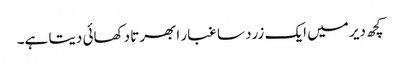
کچھ دیر میں ایک زرد سا غبار ابھرتا دکھائی دیتا ہے۔